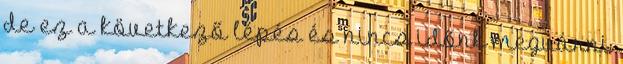
de ez a következő lépés és nincs időnk megvárni